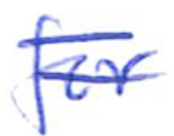
Text: for
Cross-out: double-line
Writing tool: ballpoint